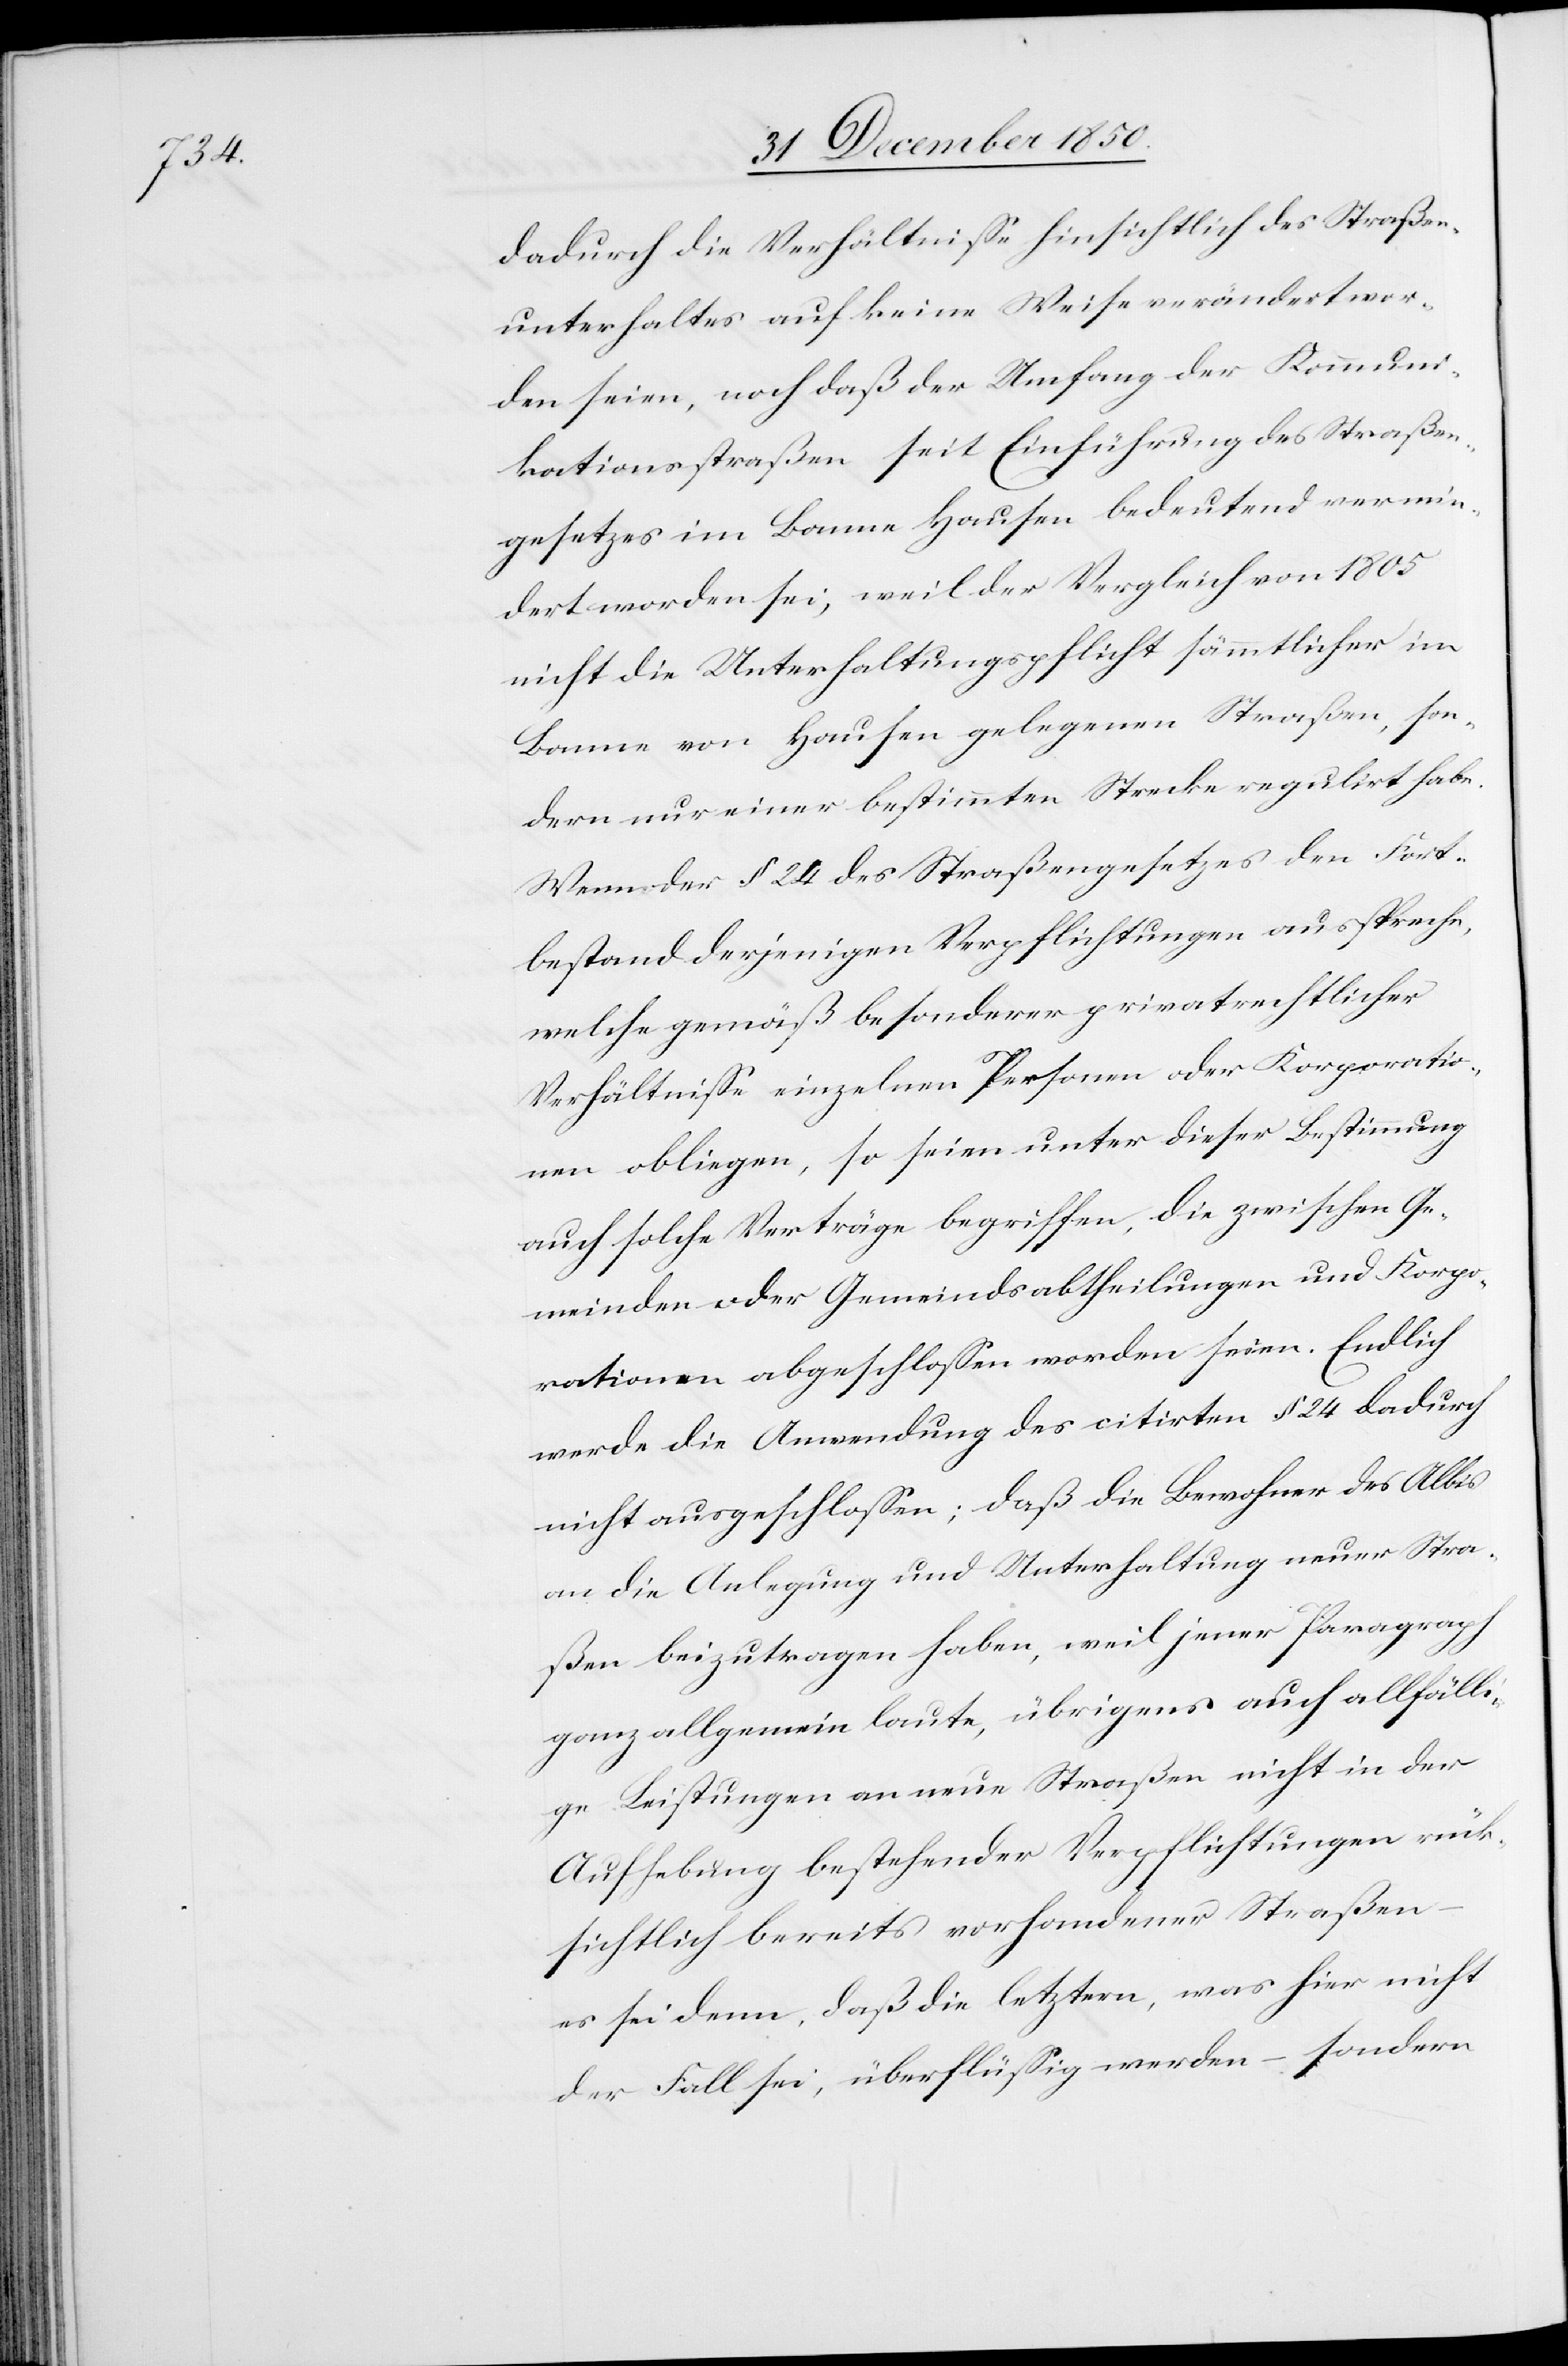
dadurch die Verhältnisse hinsichtlich des Straßen¬
unterhaltes auf keine Weise verändert wor¬
den seien, noch daß der Umfang der Kommuni¬
kationsstraßen seit Einführung des Straßen¬
gesetzes im Banne Hausen bedeutend vermin¬
dert worden sei, weil der Vergleich von 1805
nicht die Unterhaltungspflicht sämmtlicher im
Banne von Hausen gelegenen Straßen, son¬
dern nur einer bestimmten Strecke regulirt habe.
Wenn der § 24 des Straßengesetzes den Fort¬
bestand derjenigen Verpflichtungen ausspreche,
welche gemäß besonderer privatrechtlicher
Verhältnisse einzelnen Personen oder Korporatio¬
nen obliegen, so seien unter dieser Bestimmung
auch solche Verträge begriffen, die zwischen Ge¬
meinden oder Gemeindsabtheilungen und Korpo¬
rationen abgeschlossen worden seien. Endlich
werde die Anwendung des citirten § 24 dadurch
nicht ausgeschlossen; daß die Bewohner des Albis
an die Anlegung und Unterhaltung neuer Stra¬
ßen beizutragen haben, weil jener Paragraph
ganz allgemein laute, übrigens auch allfälli¬
ge Leistungen an neue Straßen nicht in der
Aufhebung bestehender Verpflichtungen rück¬
sichtlich bereits vorhandener Straßen
es sei denn, daß die letztern, was hier nicht
der Fall sei, überflüssig werden – sondern